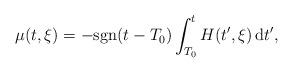
LaTeX: \begin{align*} \mu(t,\xi)=-\mathrm{sgn}(t-T_0)\int_{T_0}^t H(t',\xi)\,\mathrm{d}t', \end{align*}